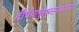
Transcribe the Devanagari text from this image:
दीर्घचतुरश्रस्याक्ष्णया